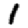
Digit: 1